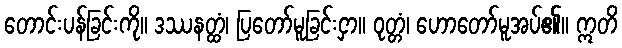
တောင်းပန်ခြင်းကို။ ဒဿနတ္ထံ၊ ပြတော်မူခြင်းငှာ။ ဝုတ္တံ၊ ဟောတော်မူအပ်၏။ ဣတိ